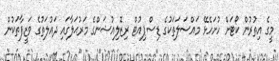
މީގެ އިތުރުން ކޯޓަށް ހުށަހެޅޭ މައްސަލަތަކުގެ ޑިސްޕިއުޓް ރިޒޮލިއުޝަންގެ މަރުޙަލާގައި ދައުލަތުގެ ވަޒީފާތަކުން